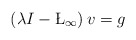
\begin{align*} \left(\lambda I-\L_{\infty}\right)v=g\end{align*}